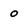
Character: o